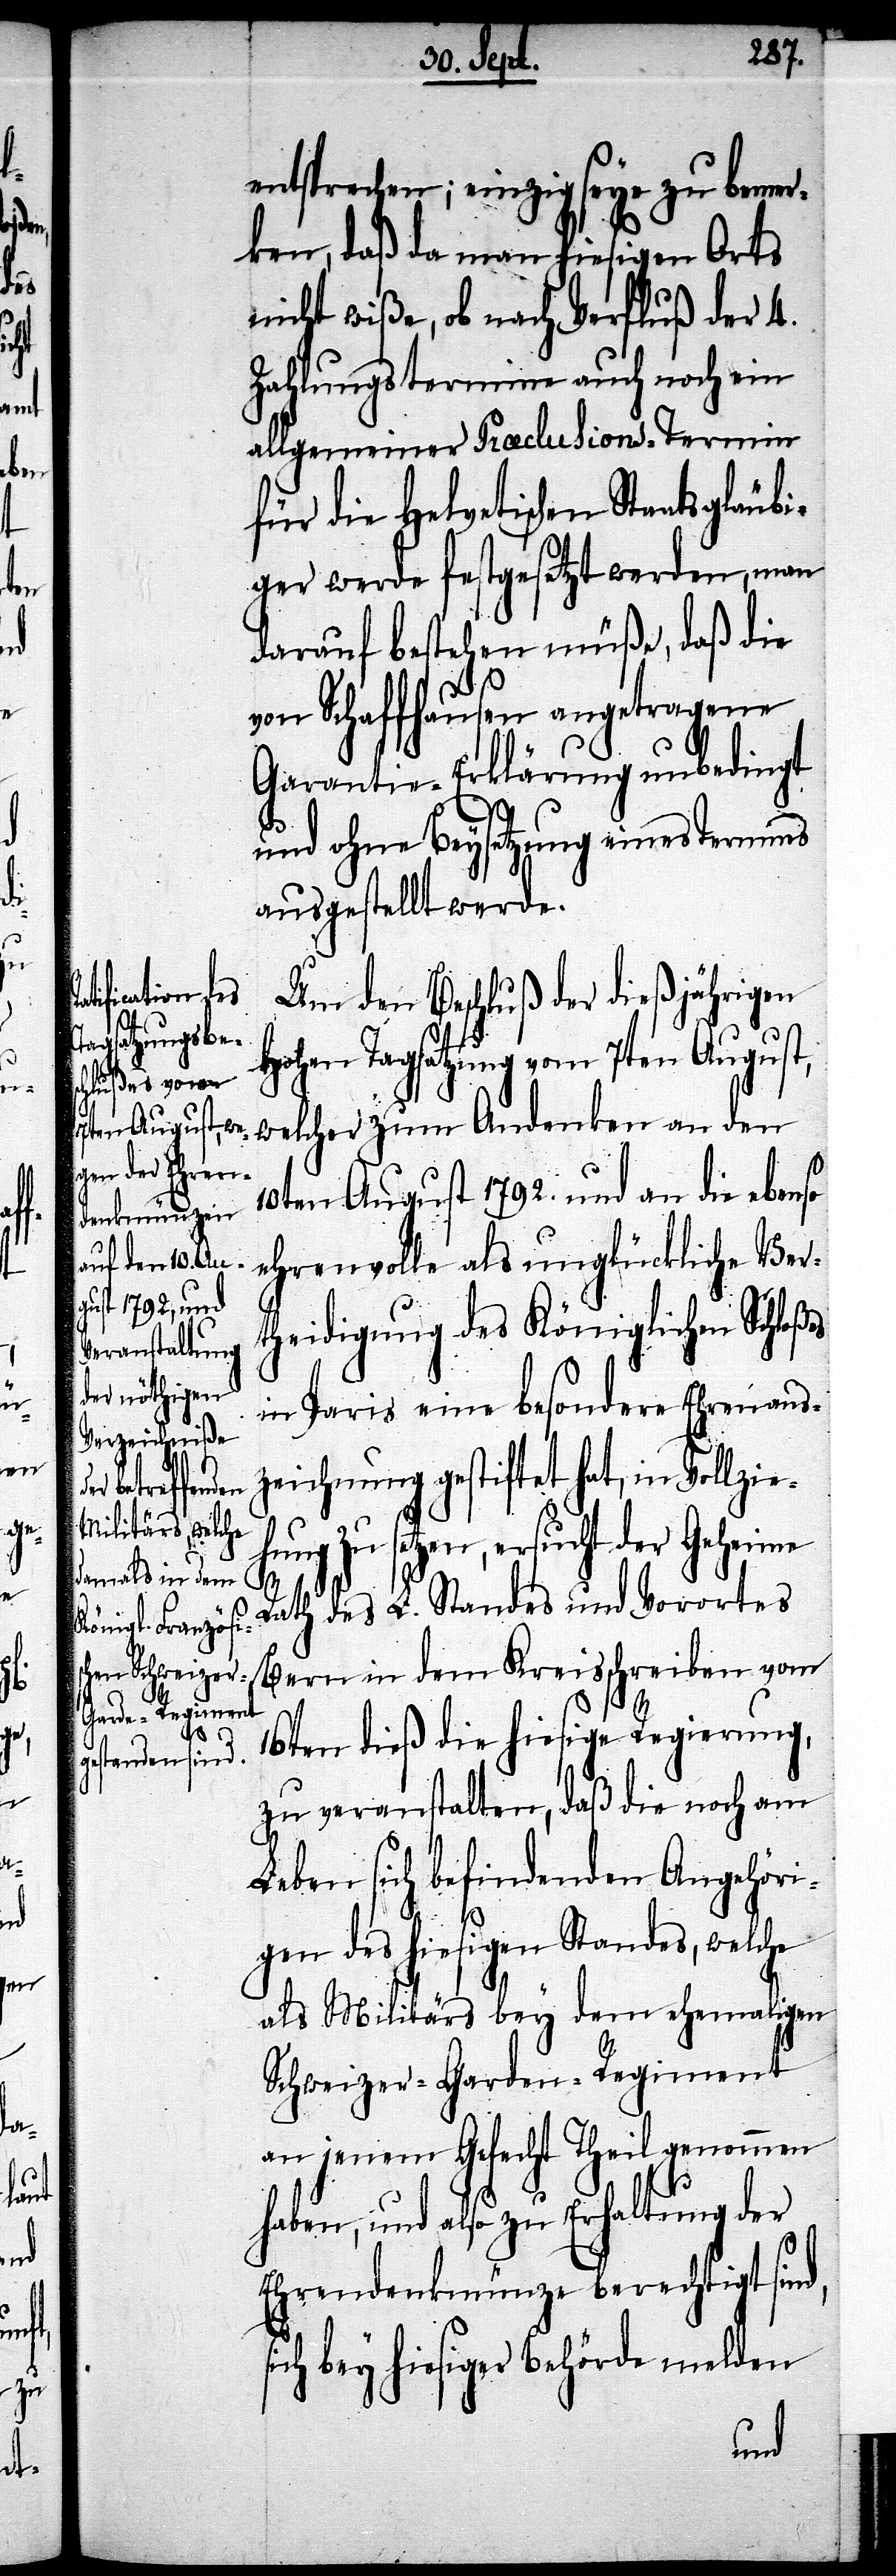
nd,

s¬

es

entsprechen; einzig seye zu bemer¬
ken, daß da man hiesigen Orts
nicht wiße, ob nach Verfluß der 4.
Zahlungstermine auch noch ein
allgemeiner Præclusions-Termin
für die Helvetischen Staatsgläubi¬
ger werde festgesetzt werden, man
darauf bestehen müße, daß die
von Schaffhausen angetragene
Garantie-Erklärung unbedingt
und ohne Beysetzung eines Termins
ausgestellt werde.
Um den Beschluß der dießjährigen
hohen Tagsatzung vom 7ten August,
welcher zum Andenken an den
10ten August 1792. und an die ebenso
ehrenvolle als unglückliche Ver¬
theidigung des Königlichen Schloß¬
in Paris eine besondere Ehrenausz¬
hnung zu setzen, ersucht der Geheime
Rath des L. Standes und Vorortes
Bern in dem Kreisschreiben vom
16ten dieß die hiesige Regierung,
zu veranstalten, daß die noch am
Leben sich befindenden Angehöri¬
gen des hiesigen Standes, welche
als Militärs bey dem ehemaligen
Schweizer-Garden-Regiment
an jenem Gefecht Theil genommen
haben, und also zu Erhaltung der
Ehrendenkmünze berechtigt si¬
ich bey hiesiger Behörde melden